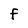
Character: F